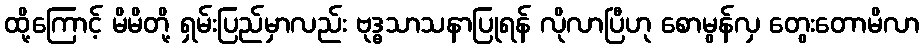
ထို့ကြောင့် မိမိတို့ ရှမ်းပြည်မှာလည်း ဗုဒ္ဓသာသနာပြုရန် လိုလာပြီဟု စောမွန်လှ တွေးတောမိလာ